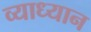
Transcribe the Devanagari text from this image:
व्याध्यान